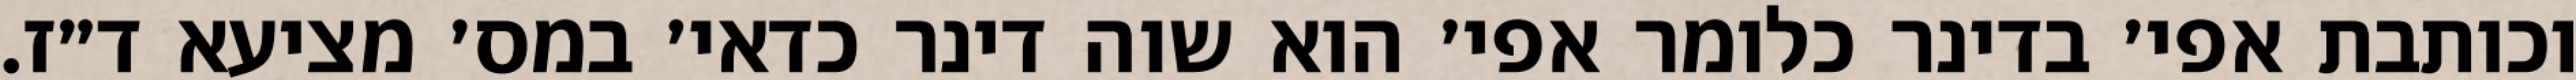
וכותבת אפי׳ בדינר כלומר אפי׳ הוא שוה דינר כדאי׳ במס׳ מציעא ד״ז.